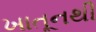
ખાતૂનથી